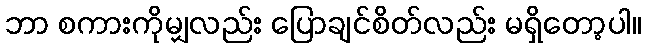
ဘာ စကားကိုမျှလည်း ပြောချင်စိတ်လည်း မရှိတော့ပါ။